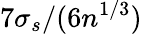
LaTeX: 7\sigma_{s}/(6n^{1/3})